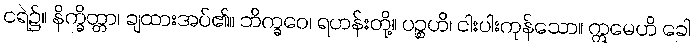
ငရဲ၌။ နိက္ခိတ္တာ၊ ချထားအပ်၏။ ဘိက္ခဝေ၊ ရဟန်းတို့။ ပဉ္စဟိ၊ ငါးပါးကုန်သော။ ဣမေဟိ ခေါ